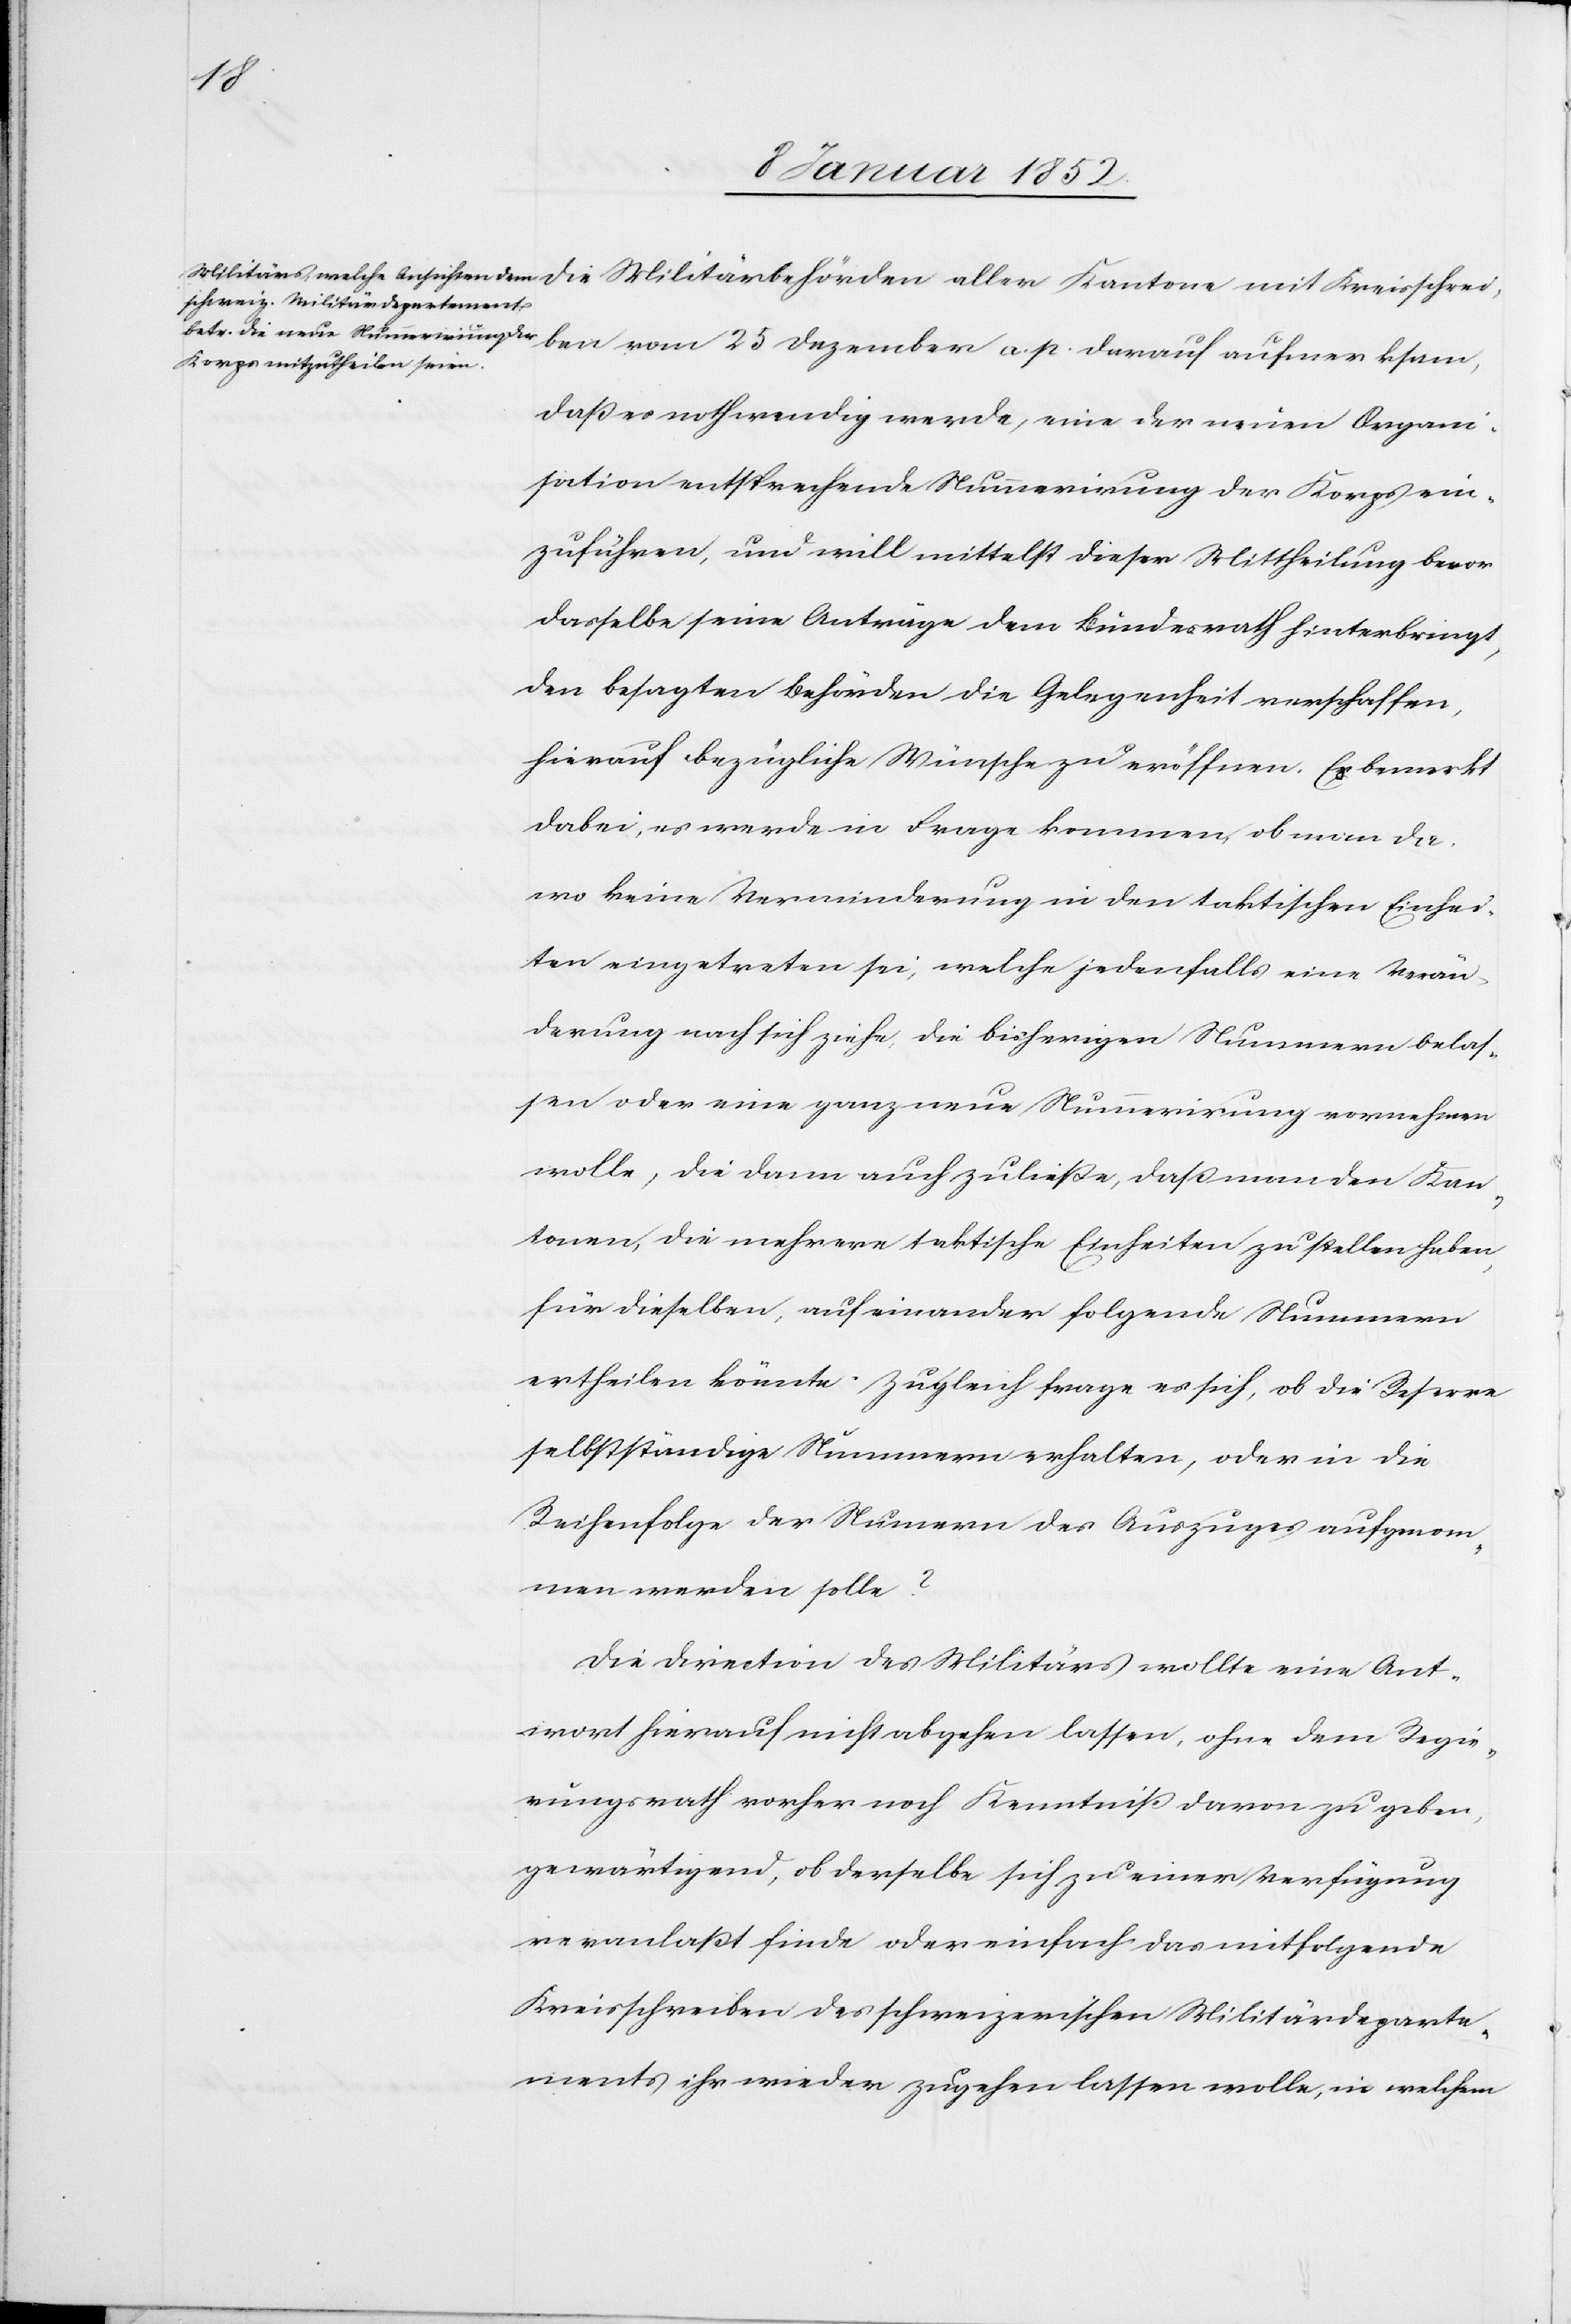
25
daß es nothwendig werde, eine der neuen Organi¬
sation entsprechende Nummerierung der Korps ein¬
zuführen, und will mittelst dieser Mittheilung bevor
dasselbe seine Anträge dem Bundesrath hinterbringt,
den besagten Behörden die Gelegenheit verschaffen,
hierauf bezügliche Wünsche zu eröffnen. Es bemerkt
dabei, es werde in Frage kommen ob man da
wo keine Verminderung in den taktischen Einhei¬
ten eingetreten sei, welche jedenfalls eine Verän¬
derung nach sich ziehe die bisherigen Nummern belas¬
sen oder eine ganz neue Nummerirung vornehmen
wolle, die dann auch zuließe, daß man den Kan¬
tonen, die mehrere taktische Einheiten zu stellen haben,
für dieselben auf einander folgende Nummern
ertheilen könnte. Zugleich frage es sich, ob die Reserve
selbstständige Nummern erhalten, oder in die
Reihenfolge der Nummern des Auszuges aufgenom¬
men werden solle?
Die Direction des Militärs wollte eine Ant¬
wort hierauf nicht abgehen lassen, ohne dem Regie¬
rungsrath vorher noch Kenntniß davon zu geben,
gewärtigend, ob derselbe sich zu einer Verfügung
veranlaßt finde oder einfach das mitfolgende
Kreisschreiben des schweizerischen Militärdeparte¬
ments ihr wieder zugehen lassen wolle, in welchem